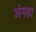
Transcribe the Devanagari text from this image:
अंगड़ा